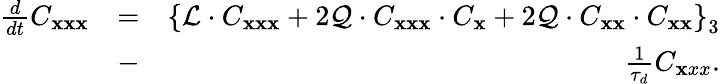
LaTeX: \begin{array}{rlr}{\frac{d}{dt}C_{{\mathbf x}{\mathbf x}{\mathbf x}}}&{=}&{\left\lbrace{\cal L}\cdot C_{{\mathbf x}{\mathbf x}{\mathbf x}}+2{\cal Q}\cdot C_{{\mathbf x}{\mathbf x}{\mathbf x}}\cdot C_{{\mathbf x}}+2{\cal Q}\cdot C_{{\mathbf x}{\mathbf x}}\cdot C_{{\mathbf x}{\mathbf x}}\right\rbrace_{3}}\\ &{-}&{\frac{1}{\tau_{d}}C_{\mathbf xxx}.}\end{array}